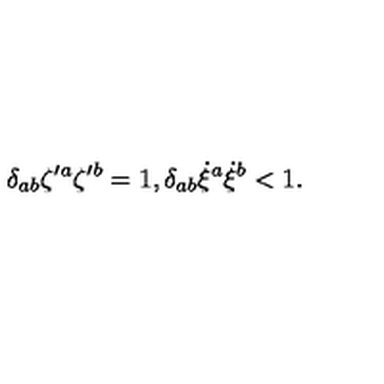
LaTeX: \delta _ { a b } \zeta { ^ { \prime a } } \zeta { ^ { \prime b } } = 1 , \delta _ { a b } \dot { \xi } { ^ a } \dot { \xi } { ^ b } < 1 .